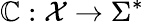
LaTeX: \mathbb{C}:{\mathcal{{X}}}\rightarrow\Sigma^{*}